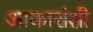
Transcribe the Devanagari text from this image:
आकारांशी